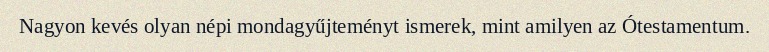
Nagyon kevés olyan népi mondagyűjteményt ismerek, mint amilyen az Ótestamentum.